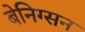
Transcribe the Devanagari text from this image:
बेनिग्सन